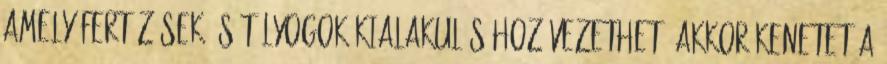
amely fertőzések és tályogok kialakulásához vezethet. Akkor kenetet a